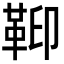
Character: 𩊕